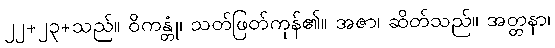
၂၂+၂၃+သည်။ ဝိကန္တုံ၊ သတ်ဖြတ်ကုန်၏။ အဇာ၊ ဆိတ်သည်။ အတ္တနာ၊